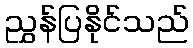
ညွှန်ပြနိုင်သည်